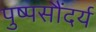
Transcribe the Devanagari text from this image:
पुष्पसौंदर्य